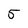
Character: 5